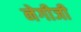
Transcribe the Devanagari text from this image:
नेगीजी